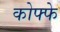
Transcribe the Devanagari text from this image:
कोफ्फे